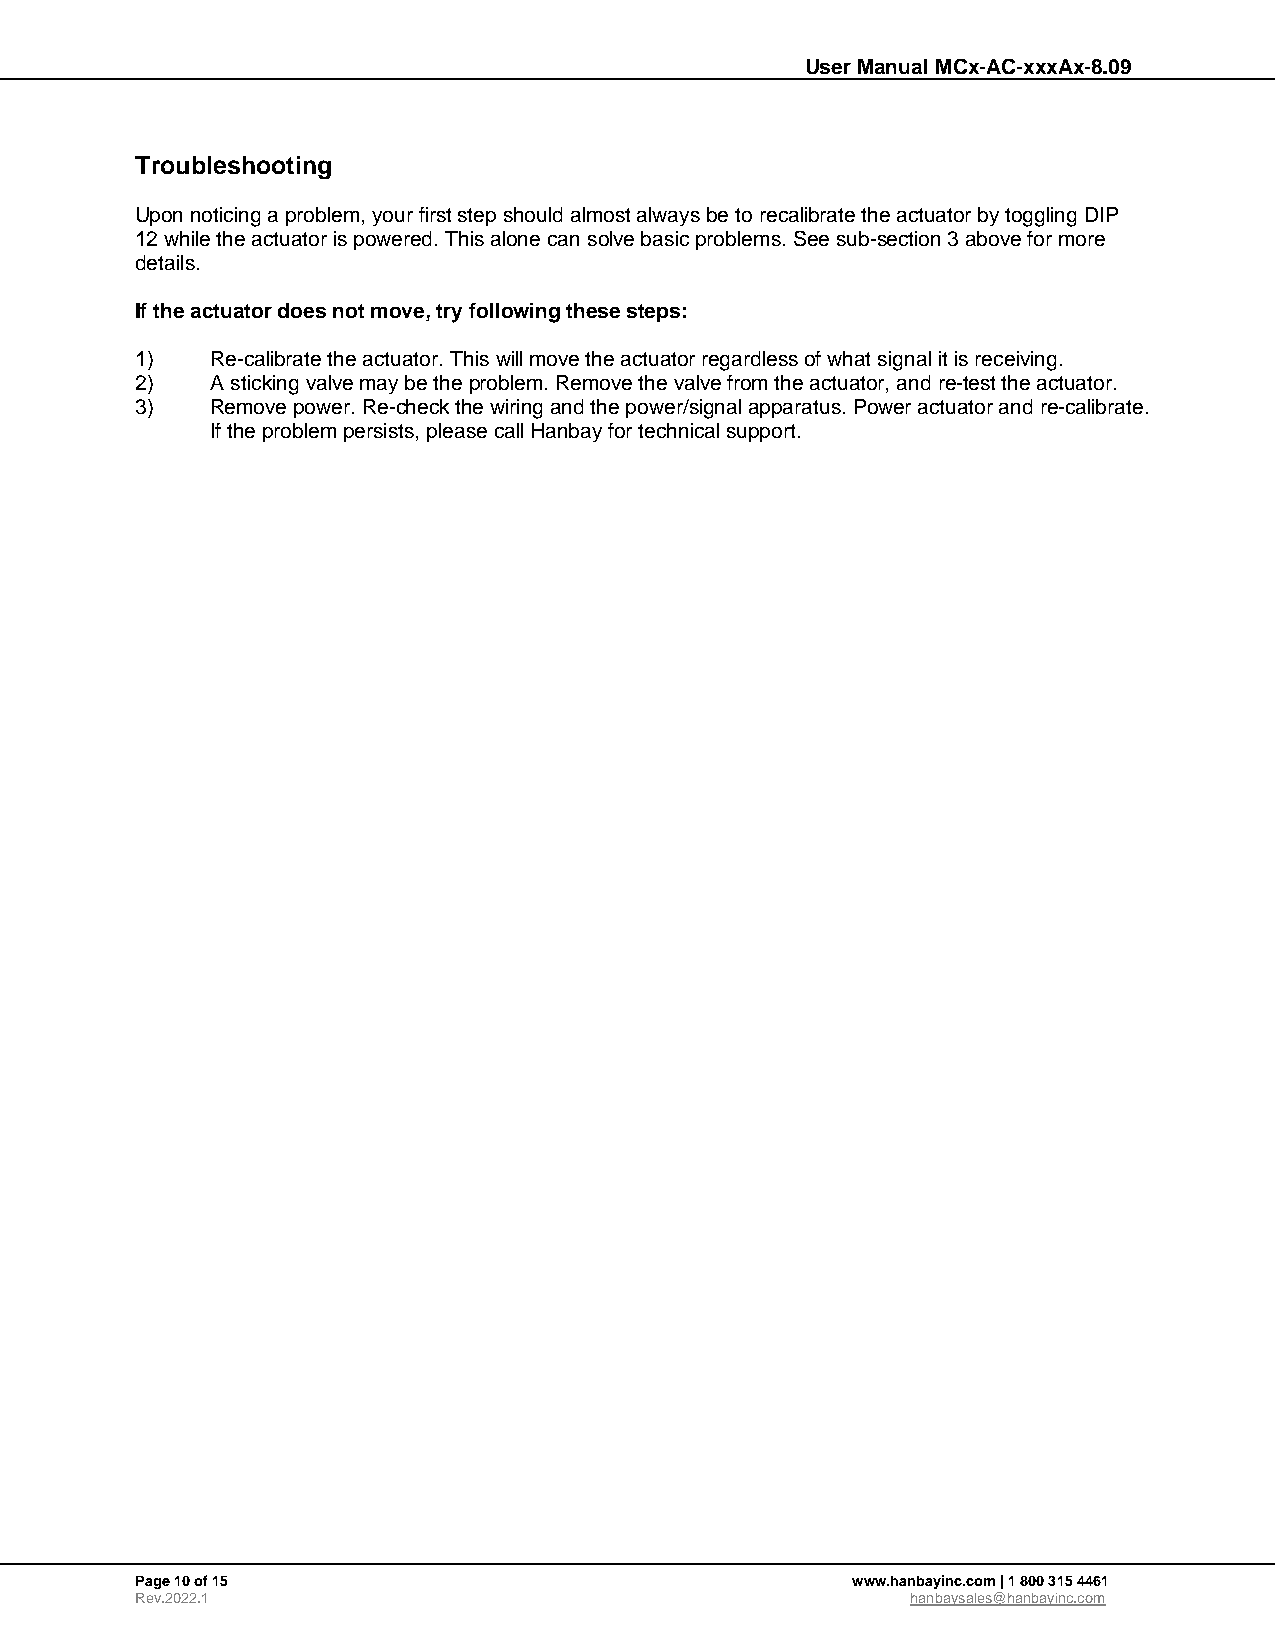
User Manual MCx-AC-xxxAx-8.09
 Troubleshooting
 Upon noticing a problem, your first step should almost always be to recalibrate the actuator by toggling DIP
 12 while the actuator is powered. This alone can solve basic problems. See sub-section 3 above for more
 details.
 If the actuator does not move, try following these steps:
 1)   Re-calibrate the actuator. This will move the actuator regardless of what signal it is receiving.
 2)   A sticking valve may be the problem. Remove the valve from the actuator, and re-test the actuator.
 3)   Remove power. Re-check the wiring and the power/signal apparatus. Power actuator and re-calibrate.
 If the problem persists, please call Hanbay for technical support.
 Page 10 of 15                                  www.hanbayinc.com | 1 800 315 4461
 Rev.2022.1                                         hanbaysales@hanbayinc.com